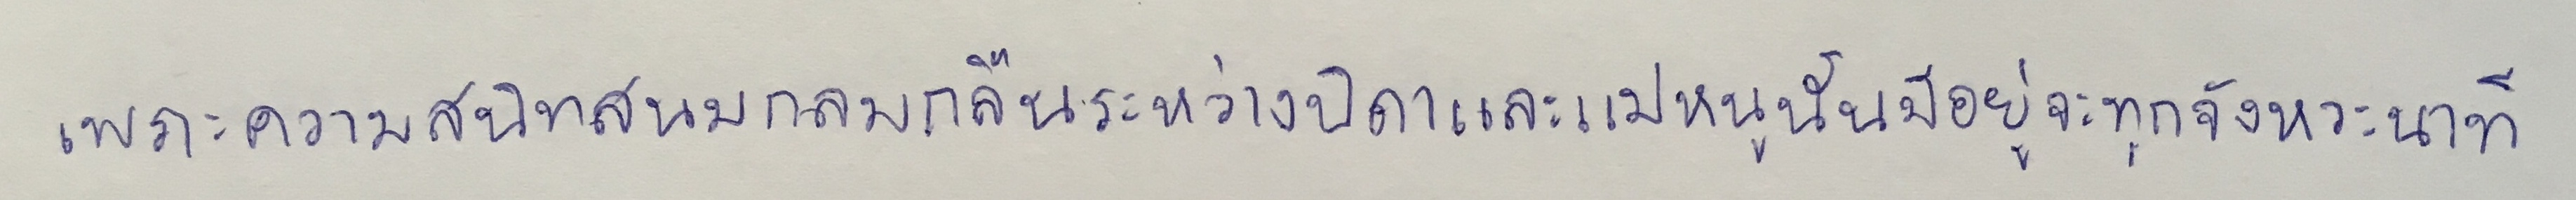
เพราะความสนิทสนมกลมกลืนระหว่างบิดาและแม่หนูนั้นมีอยู่จะทุกจังหวะนาที